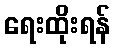
ရေးထိုးရန်